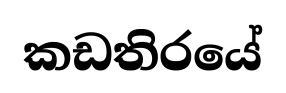
කඩතිරයේ